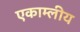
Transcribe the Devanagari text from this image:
एकाम्लीय